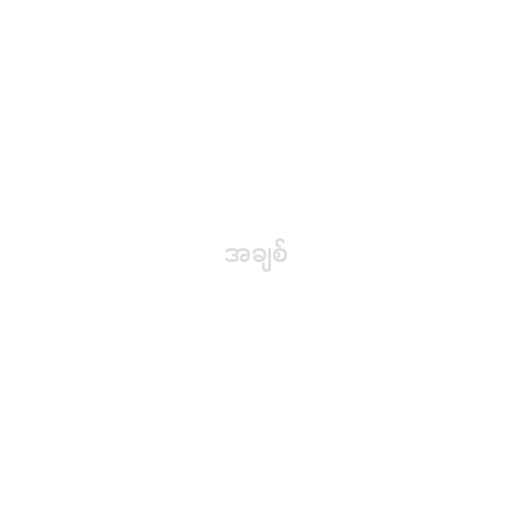
အချစ်